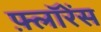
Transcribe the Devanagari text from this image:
फ़्लॉरेंस